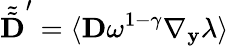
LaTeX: \tilde{\tilde{\textbf{D}}}^{\prime}=\langle\textbf{D}\omega^{1-\gamma}\nabla_{\mathbf y}\lambda\rangle